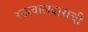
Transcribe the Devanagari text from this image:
रखवालदाराची